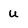
Character: u